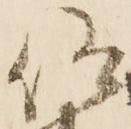
仰